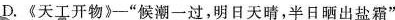
D.《天工开物》”候潮一过，明日天晴，半日晒出盐霜”